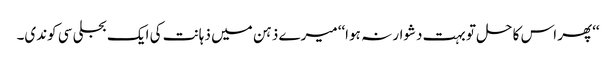
‘‘پھر اس کا حل تو بہت دشوار نہ ہوا‘‘ میرے ذہن میں ذہانت کی ایک بجلی سی کوندی۔